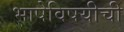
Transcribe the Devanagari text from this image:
भाषेविषयीची